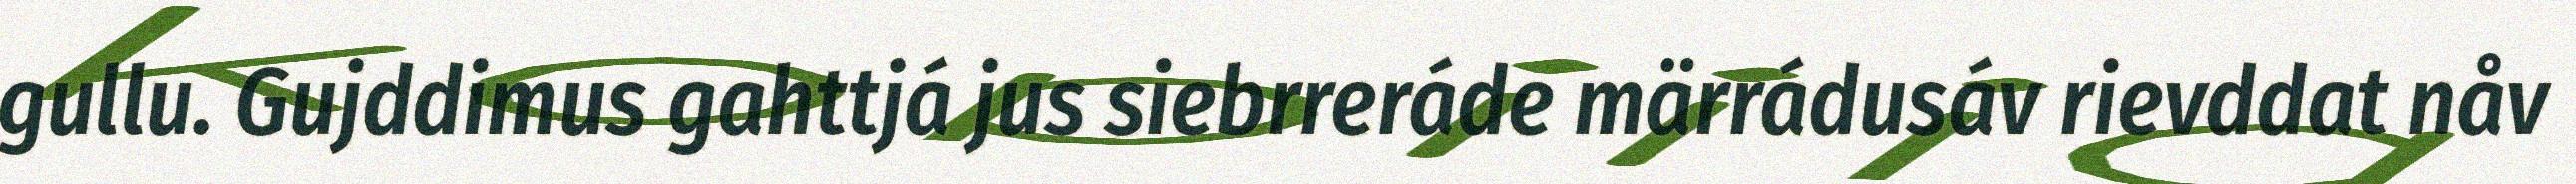
gullu. Gujddimus gahttjá jus siebrreráde märrádusáv rievddat nåv